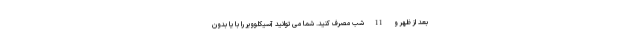
بعد از ظهر و 11 شب مصرف کنید. شما می توانید آسیکلوویر را با یا بدون